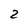
Character: 2